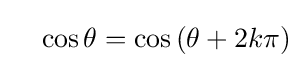
\quad \cos \theta =\cos \left(\theta +2k\pi \right)